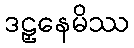
ဒဠှနေမိဿ